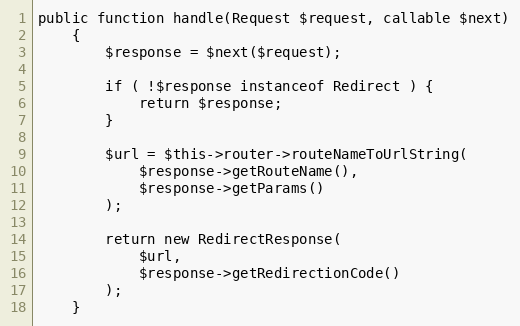
Language: PHP
public function handle(Request $request, callable $next)
    {
        $response = $next($request);

        if ( !$response instanceof Redirect ) {
            return $response;
        }

        $url = $this->router->routeNameToUrlString(
            $response->getRouteName(),
            $response->getParams()
        );

        return new RedirectResponse(
            $url,
            $response->getRedirectionCode()
        );
    }